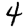
Digit: 4